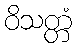
ဝိသတ္တံ